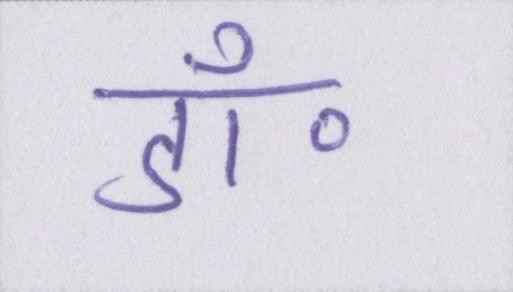
डॉ॰